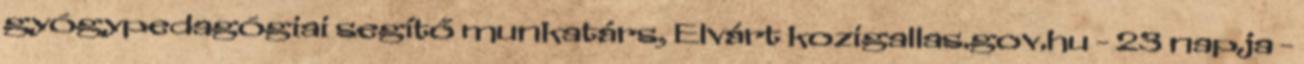
gyógypedagógiai segítő munkatárs, Elvárt kozigallas.gov.hu - 23 napja -